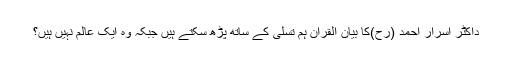
داکٹر اسرار احمد (رح)کا بیان القران ہم تسلی کے ساتھ پڑھ سکتے ہیں جبکہ وہ ایک عالم نہیں ہیں؟